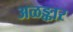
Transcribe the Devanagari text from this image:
अळङ्कार